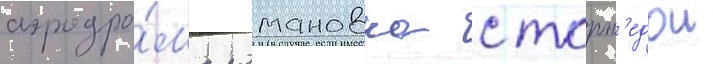
аэродро́ма романовка с торп'едои